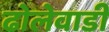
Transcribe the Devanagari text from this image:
ढोलेवाडी